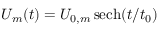
U _ { m } ( t ) = U _ { 0 , m } \, { \mathrm { s e c h } } ( t / t _ { 0 } )